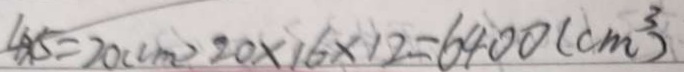
4 \times 5 = 2 0 ( c m ) 2 0 \times 1 6 \times 1 2 = 6 4 0 0 ( c m ^ { 3 } )